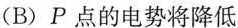
(B)P点的电势将降低